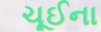
ચૂઈના